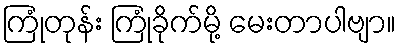
ကြုံတုန်း ကြုံခိုက်မို့ မေးတာပါဗျာ။